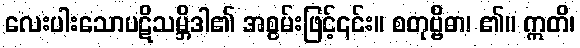
လေးပါးသောပဋိသမ္ဘိဒါ၏ အစွမ်းဖြင့်၎င်း။ စတုဗ္ဗိဓာ၊ ၏။ ဣတိ၊